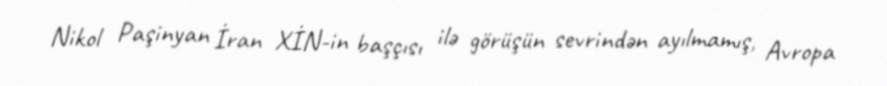
Nikol Paşinyan İran XİN-in başçısı ilə görüşün sevrindən ayılmamış, Avropa